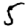
Digit: 5